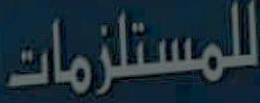
للمستلزمات